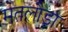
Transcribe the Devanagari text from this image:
मतलौडा